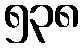
၅၃၈